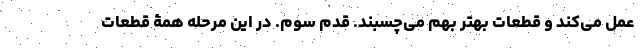
عمل می‌کند و قطعات بهتر بهم می‌چسبند. قدم سوم. در این مرحله همۀ قطعات